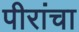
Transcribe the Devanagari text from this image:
पीरांचा